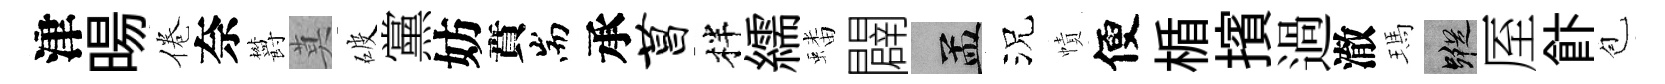
津暘倦奈欝莫破黨妨賁耑承菖柈繻蟠闢汴況幘便楯擯過澈瑪蹤厔飰苞